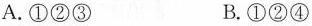
A.①②③ B.①②④